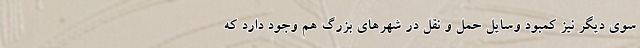
سوی دیگر نیز کمبود وسایل حمل و نقل در شهرهای بزرگ هم وجود دارد که